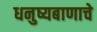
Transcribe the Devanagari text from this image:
धनुष्यबाणाचे